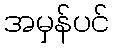
အမှန်ပင်